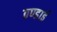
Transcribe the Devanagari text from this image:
ठण्डाई